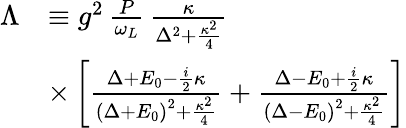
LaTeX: \begin{array}{rl}{\Lambda}&{\equiv g^{2}\, \frac{P}{\omega_{L}}\, \frac{\kappa}{\Delta^{2}+\frac{\kappa^{2}}{4}}}\\ &{\times\left[\frac{\Delta+E_{0}-\frac{i}{2}\kappa}{\left(\Delta+E_{0}\right)^{2}+\frac{\kappa^{2}}{4}}+\frac{\Delta-E_{0}+\frac{i}{2}\kappa}{\left(\Delta-E_{0}\right)^{2}+\frac{\kappa^{2}}{4}}\right]}\end{array}